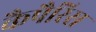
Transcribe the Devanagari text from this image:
कैपैरिस